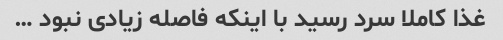
غذا کاملا سرد رسید با اینکه فاصله زیادی نبود …